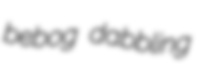
bebog dabbling